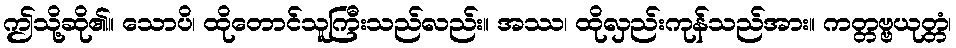
ဤသို့ဆို၏။ သောပိ၊ ထိုတောင်သူကြီးသည်လည်း။ အဿ၊ ထိုလှည်းကုန်သည်အား။ ကတ္တဗ္ဗယုတ္တံ၊